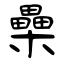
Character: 櫐